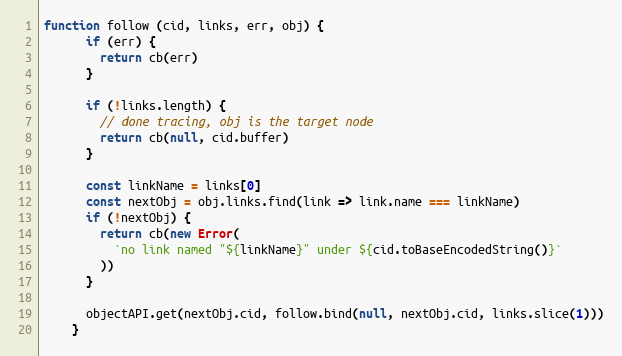
Language: JavaScript
function follow (cid, links, err, obj) {
      if (err) {
        return cb(err)
      }

      if (!links.length) {
        // done tracing, obj is the target node
        return cb(null, cid.buffer)
      }

      const linkName = links[0]
      const nextObj = obj.links.find(link => link.name === linkName)
      if (!nextObj) {
        return cb(new Error(
          `no link named "${linkName}" under ${cid.toBaseEncodedString()}`
        ))
      }

      objectAPI.get(nextObj.cid, follow.bind(null, nextObj.cid, links.slice(1)))
    }